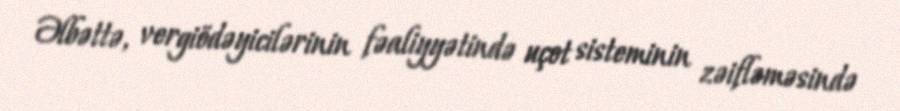
Əlbəttə, vergiödəyicilərinin fəaliyyətində uçot sisteminin zəifləməsində